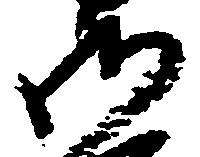
御